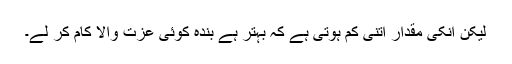
لیکن انکی مقدار اتنی کم ہوتی ہے کہ بہتر ہے بندہ کوئی عزت والا کام کر لے۔